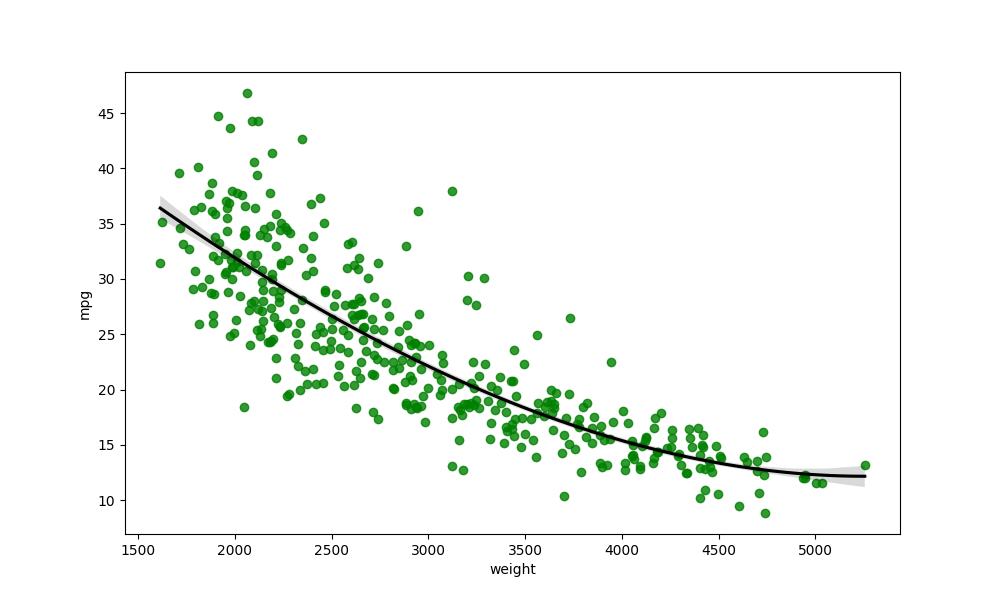
python, seaborn, regplot, order=3, ci=68, scatter_color=green, line_color=black